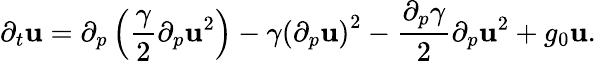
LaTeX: \partial_{t}\mathbf{u}=\partial_{p}\left(\frac{{\gamma}}{{2}}\partial_{p}\mathbf{u}^{2}\right)-\gamma\left(\partial_{p}\mathbf{u}\right)^{2}-\frac{{\partial_{p}\gamma}}{{2}}\partial_{p}\mathbf{u}^{2}+g_{0}\mathbf{u}.